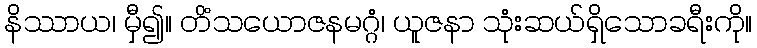
နိဿာယ၊ မှီ၍။ တိံသယောဇနမဂ္ဂံ၊ ယူဇနာ သုံးဆယ်ရှိသောခရီးကို။